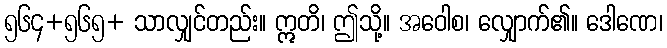
၅၆၄+၅၆၅+ သာလျှင်တည်း။ ဣတိ၊ ဤသို့။ အဝေါစ၊ လျှောက်၏။ ဒေါဏေ၊